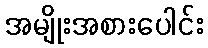
အမျိုးအစားပေါင်း